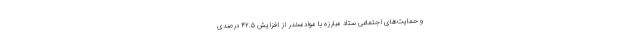
و حمایت‌های اجتماعی ستاد مبارزه با موادمخدر از افزایش ۴۲.۵ درصدی